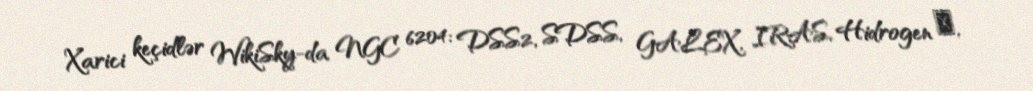
Xarici keçidlər WikiSky-da NGC 6204: DSS2, SDSS, GALEX, IRAS, Hidrogen α,